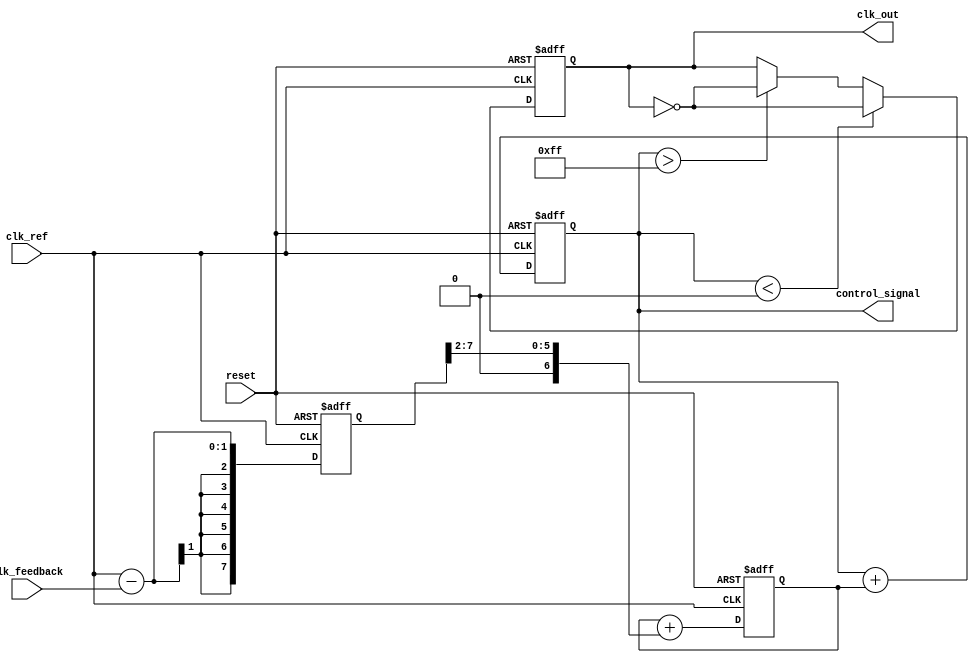
module ADPLL (
    input wire clk_ref,                      // Reference clock
    input wire clk_feedback,                 // Feedback clock from VCO
    input wire reset,                        // Reset signal
    output wire clk_out,                     // Output clock
    output reg [7:0] control_signal          // Control signal for VCO
);

// Parameters
parameter PHASE_MAX = 255;

// Memory Block
reg [7:0] phase_memory [0:PHASE_MAX - 1]; // Memory block for phase information
reg [7:0] phase_offset;                    // Phase offset variable
integer i;

// Phase Detector
reg signed [7:0] phase_error;              // Phase error signal
always @(posedge clk_ref or posedge reset) begin
    if (reset) begin
        phase_error <= 0;
    end else begin
        // Simple phase detection by calculating phase difference
        phase_error <= (clk_ref - clk_feedback);
    end
end

// Digital Loop Filter (first-order)
reg signed [7:0] filtered_error;           // Filtered phase error
always @(posedge clk_ref or posedge reset) begin
    if (reset) begin
        filtered_error <= 0;
        control_signal <= 0;
    end else begin
        filtered_error <= filtered_error + (phase_error >> 2); // Simple averaging
        control_signal <= control_signal + filtered_error; // Adjust control_signal based on filtered error
    end
end

// Voltage-Controlled Oscillator (VCO)
reg clk_vco; // VCO output clock
always @(posedge clk_ref or posedge reset) begin
    if (reset) begin
        clk_vco <= 0;
    end else begin
        // Adjust frequency based on control signal
        if (control_signal < 0) begin
            clk_vco <= ~clk_vco; // Frequency decrease (invert clock)
        end else if (control_signal > PHASE_MAX) begin
            clk_vco <= ~clk_vco; // Frequency increase (invert clock)
        end
    end
end

// Output clock assignment
assign clk_out = clk_vco;

// Memory block initialization
initial begin
    for (i = 0; i < PHASE_MAX; i = i + 1) begin
        phase_memory[i] = i; // Initialize phase memory with incremental values
    end
    phase_offset = 0;
end

// Control Logic (simplified)
always @(posedge clk_ref or posedge reset) begin
    if (reset) begin
        phase_offset <= 0;
    end else begin
        // Example: Update the phase memory with new phase information
        phase_memory[phase_offset] <= phase_error;
        phase_offset <= (phase_offset + 1) % PHASE_MAX; // Circular buffer for phase memory
    end
end

endmodule